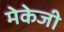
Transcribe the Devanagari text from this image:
मेकेजी